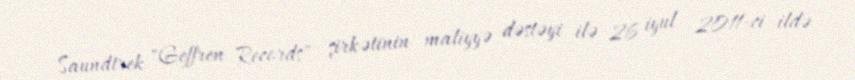
Saundtrek "Geffren Records" şirkətinin maliyyə dəstəyi ilə 26 iyul 2011-ci ildə